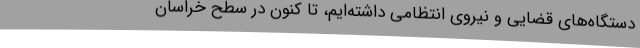
دستگاه‌های قضایی و نیروی انتظامی داشته‌ایم، تا کنون در سطح خراسان